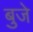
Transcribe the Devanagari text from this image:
बुजे